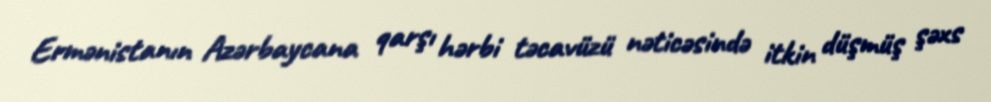
Ermənistanın Azərbaycana qarşı hərbi təcavüzü nəticəsində itkin düşmüş şəxs